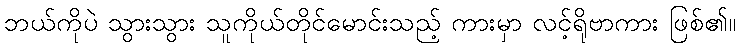
ဘယ်ကိုပဲ သွားသွား သူကိုယ်တိုင်မောင်းသည့် ကားမှာ လင့်ရိုဗာကား ဖြစ်၏။